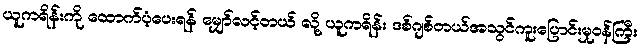
ယူကရိန်းကို ထောက်ပံ့ပေးရန် မျှော်လင့်တယ် လို့ ယူကရိန်း ဒစ်ဂျစ်တယ်အသွင်ကူးပြောင်းမှုဝန်ကြီး